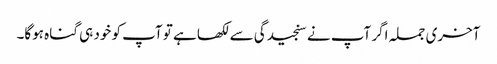
آخری جملہ اگر آپ نے سنجیدگی سے لکھا ہے تو آپ کو خود ہی گناہ ہوگا۔